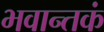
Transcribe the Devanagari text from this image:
भवान्तकं